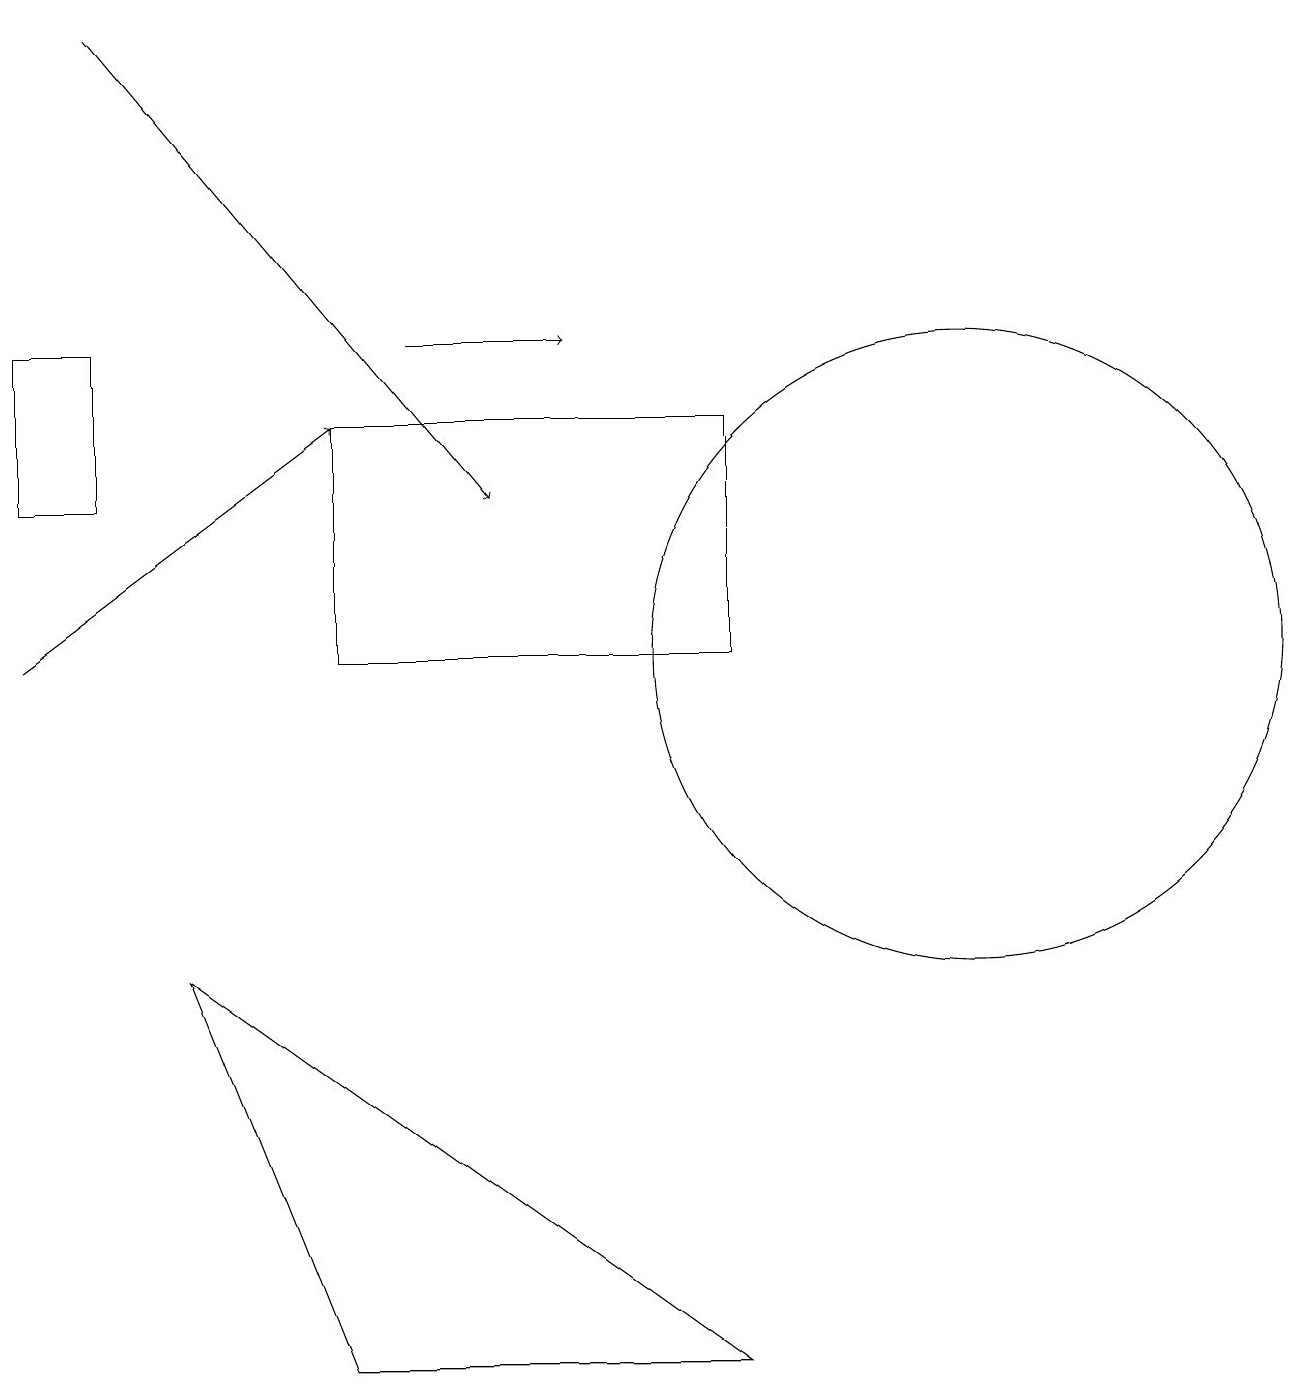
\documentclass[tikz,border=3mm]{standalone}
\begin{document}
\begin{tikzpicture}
\draw[->] (0,11) -- (4,14);
\draw (1,15) rectangle (0,13);
\draw[->] (5,15) -- (7,15);
\draw[->] (1,19) -- (6,13);
\draw (9,2) -- (2,7) -- (4,2) -- cycle;
\draw (4,11) rectangle (9,14);
\draw (12,11) circle (4);
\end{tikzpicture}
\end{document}